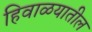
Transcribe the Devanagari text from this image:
हिवाळयातील